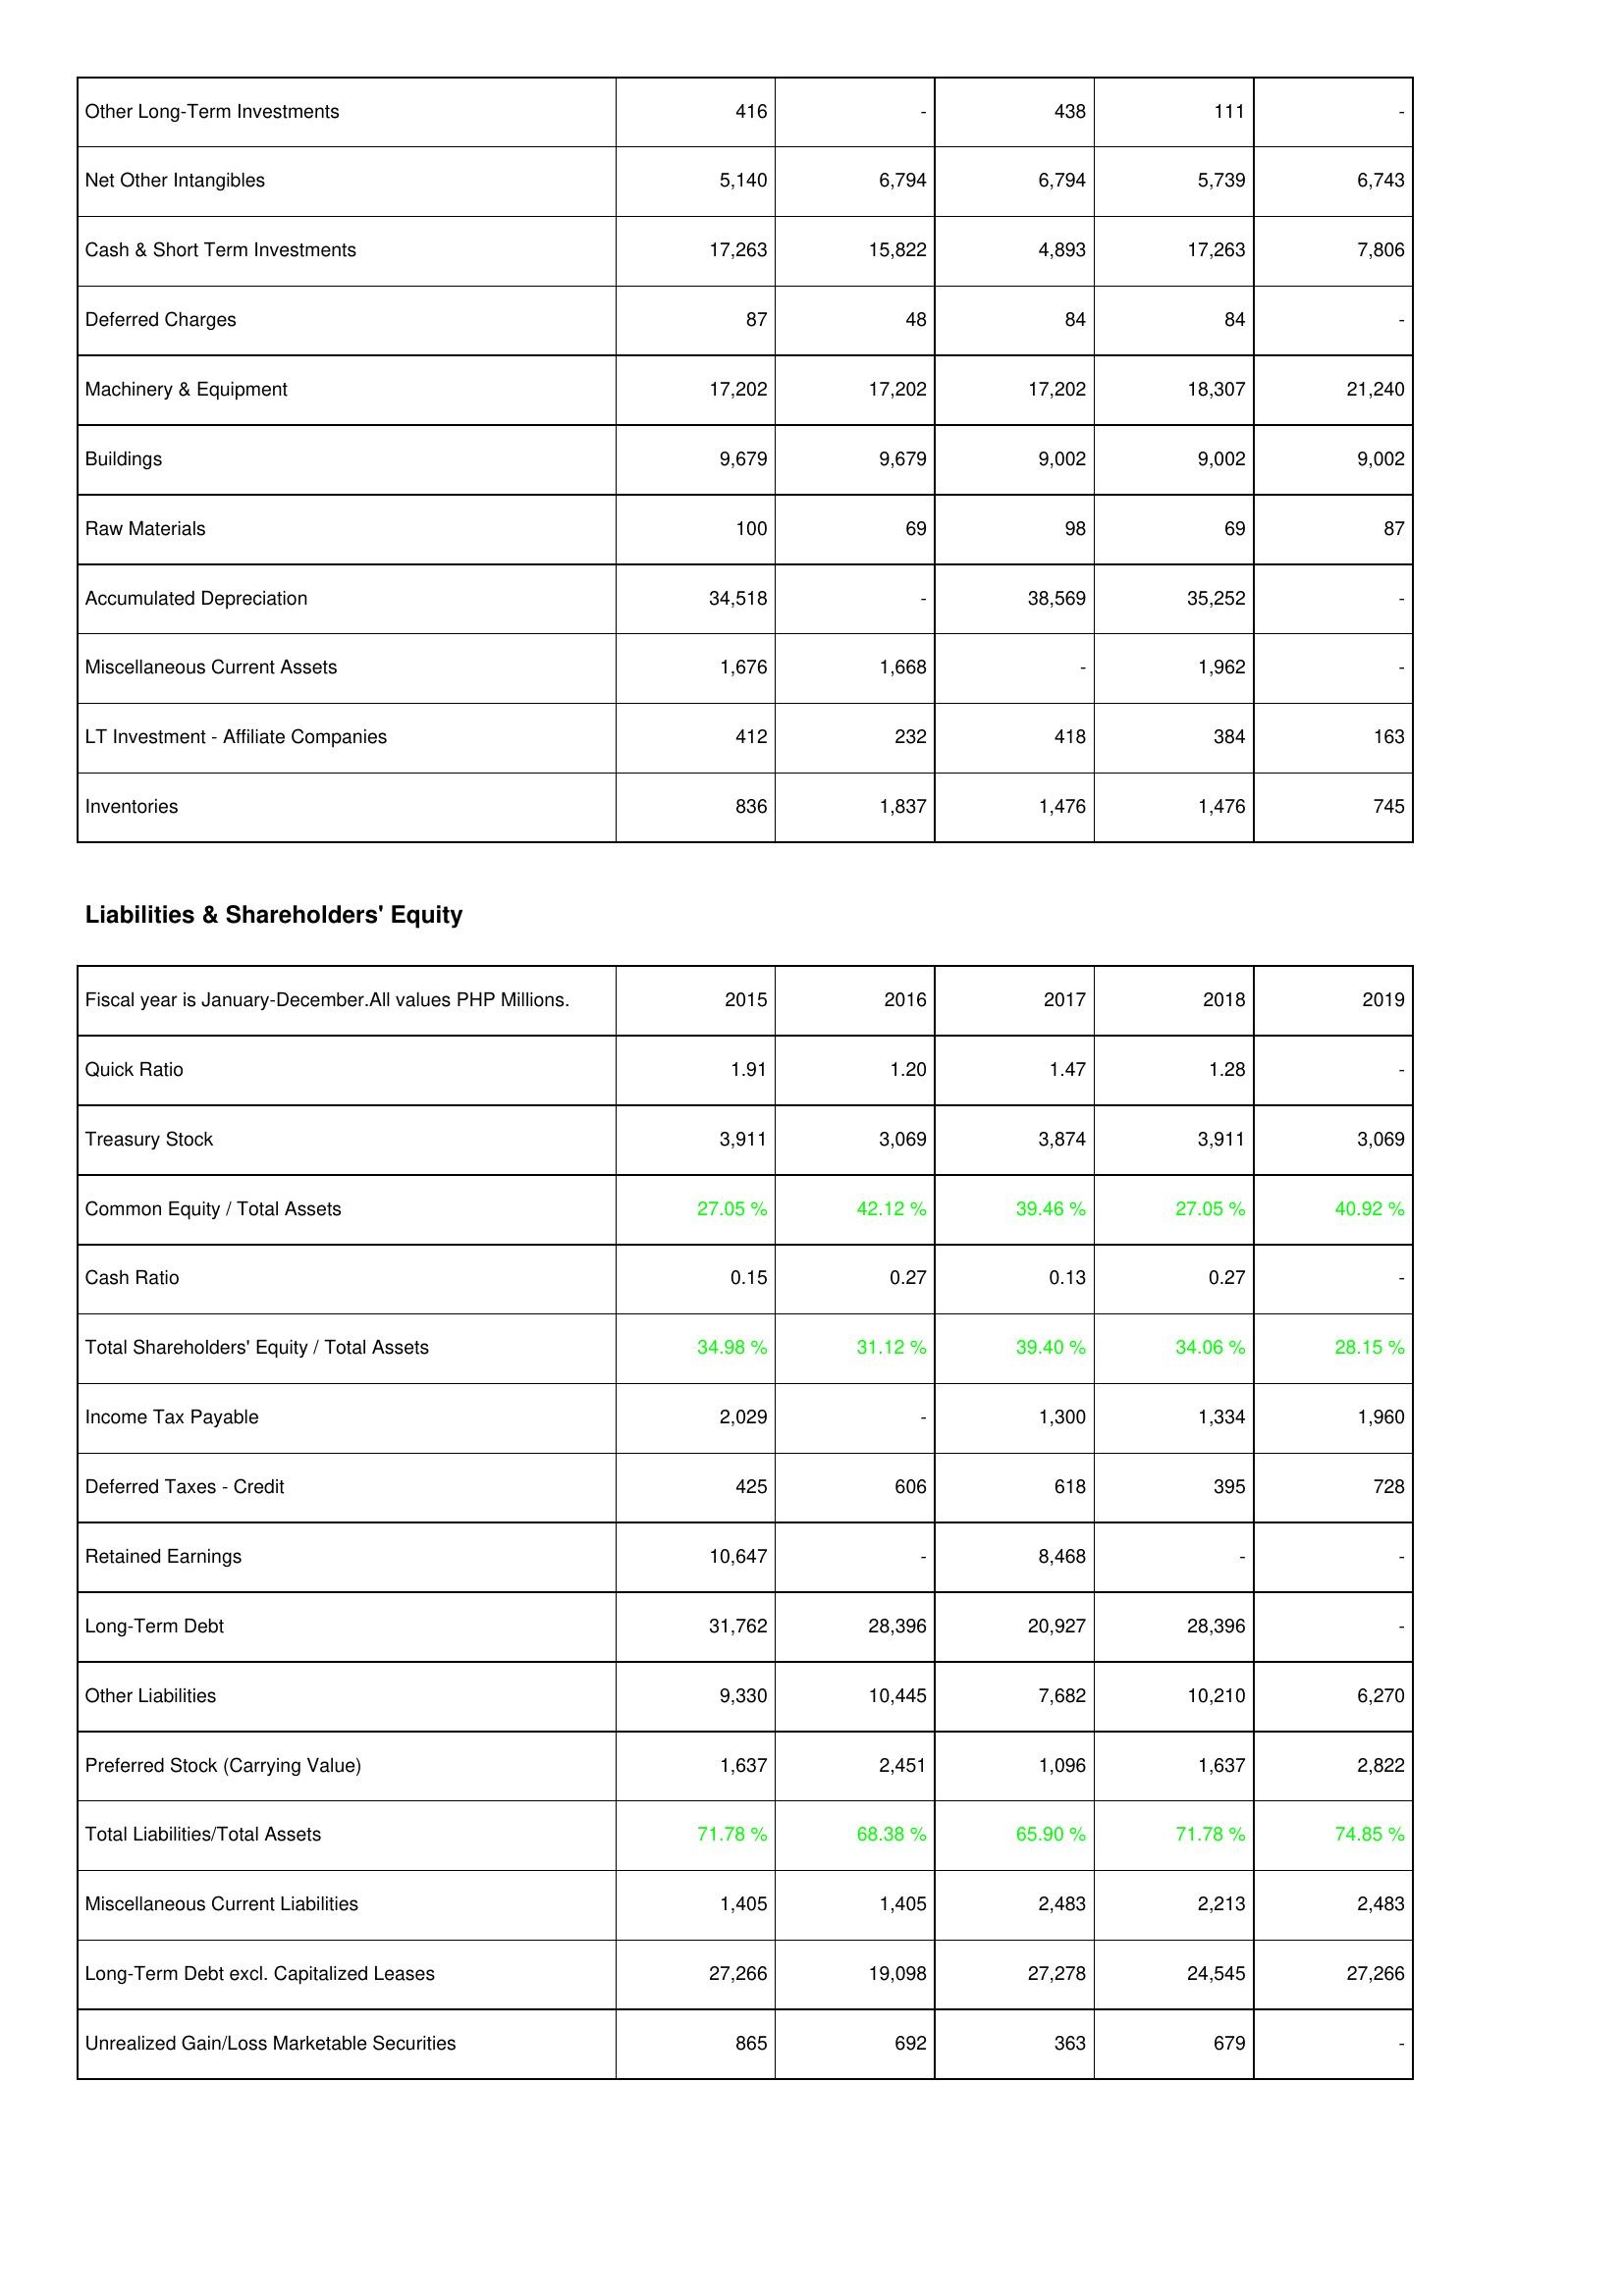
2015: Assets: Other Long-Term Investments: 416
Net Other Intangibles: 5,140
Cash & Short Term Investments: 17,263
Deferred Charges: 87
Machinery & Equipment: 17,202
Buildings: 9,679
Raw Materials: 100
Accumulated Depreciation: 34,518
Miscellaneous Current Assets: 1,676
LT Investment - Affiliate Companies: 412
Inventories: 836
Liabilities & Shareholders' Equity: Quick Ratio: 1.91
Treasury Stock: 3,911
Common Equity / Total Assets: 27.05 %
Cash Ratio: 0.15
Total Shareholders' Equity / Total Assets: 34.98 %
Income Tax Payable: 2,029
Deferred Taxes - Credit: 425
Retained Earnings: 10,647
Long-Term Debt: 31,762
Other Liabilities: 9,330
Preferred Stock (Carrying Value): 1,637
Total Liabilities/Total Assets: 71.78 %
Miscellaneous Current Liabilities: 1,405
Long-Term Debt excl. Capitalized Leases: 27,266
Unrealized Gain/Loss Marketable Securities: 865
2016: Assets: Other Long-Term Investments: -
Net Other Intangibles: 6,794
Cash & Short Term Investments: 15,822
Deferred Charges: 48
Machinery & Equipment: 17,202
Buildings: 9,679
Raw Materials: 69
Accumulated Depreciation: -
Miscellaneous Current Assets: 1,668
LT Investment - Affiliate Companies: 232
Inventories: 1,837
Liabilities & Shareholders' Equity: Quick Ratio: 1.20
Treasury Stock: 3,069
Common Equity / Total Assets: 42.12 %
Cash Ratio: 0.27
Total Shareholders' Equity / Total Assets: 31.12 %
Income Tax Payable: -
Deferred Taxes - Credit: 606
Retained Earnings: -
Long-Term Debt: 28,396
Other Liabilities: 10,445
Preferred Stock (Carrying Value): 2,451
Total Liabilities/Total Assets: 68.38 %
Miscellaneous Current Liabilities: 1,405
Long-Term Debt excl. Capitalized Leases: 19,098
Unrealized Gain/Loss Marketable Securities: 692
2017: Assets: Other Long-Term Investments: 438
Net Other Intangibles: 6,794
Cash & Short Term Investments: 4,893
Deferred Charges: 84
Machinery & Equipment: 17,202
Buildings: 9,002
Raw Materials: 98
Accumulated Depreciation: 38,569
Miscellaneous Current Assets: -
LT Investment - Affiliate Companies: 418
Inventories: 1,476
Liabilities & Shareholders' Equity: Quick Ratio: 1.47
Treasury Stock: 3,874
Common Equity / Total Assets: 39.46 %
Cash Ratio: 0.13
Total Shareholders' Equity / Total Assets: 39.40 %
Income Tax Payable: 1,300
Deferred Taxes - Credit: 618
Retained Earnings: 8,468
Long-Term Debt: 20,927
Other Liabilities: 7,682
Preferred Stock (Carrying Value): 1,096
Total Liabilities/Total Assets: 65.90 %
Miscellaneous Current Liabilities: 2,483
Long-Term Debt excl. Capitalized Leases: 27,278
Unrealized Gain/Loss Marketable Securities: 363
2018: Assets: Other Long-Term Investments: 111
Net Other Intangibles: 5,739
Cash & Short Term Investments: 17,263
Deferred Charges: 84
Machinery & Equipment: 18,307
Buildings: 9,002
Raw Materials: 69
Accumulated Depreciation: 35,252
Miscellaneous Current Assets: 1,962
LT Investment - Affiliate Companies: 384
Inventories: 1,476
Liabilities & Shareholders' Equity: Quick Ratio: 1.28
Treasury Stock: 3,911
Common Equity / Total Assets: 27.05 %
Cash Ratio: 0.27
Total Shareholders' Equity / Total Assets: 34.06 %
Income Tax Payable: 1,334
Deferred Taxes - Credit: 395
Retained Earnings: -
Long-Term Debt: 28,396
Other Liabilities: 10,210
Preferred Stock (Carrying Value): 1,637
Total Liabilities/Total Assets: 71.78 %
Miscellaneous Current Liabilities: 2,213
Long-Term Debt excl. Capitalized Leases: 24,545
Unrealized Gain/Loss Marketable Securities: 679
2019: Assets: Other Long-Term Investments: -
Net Other Intangibles: 6,743
Cash & Short Term Investments: 7,806
Deferred Charges: -
Machinery & Equipment: 21,240
Buildings: 9,002
Raw Materials: 87
Accumulated Depreciation: -
Miscellaneous Current Assets: -
LT Investment - Affiliate Companies: 163
Inventories: 745
Liabilities & Shareholders' Equity: Quick Ratio: -
Treasury Stock: 3,069
Common Equity / Total Assets: 40.92 %
Cash Ratio: -
Total Shareholders' Equity / Total Assets: 28.15 %
Income Tax Payable: 1,960
Deferred Taxes - Credit: 728
Retained Earnings: -
Long-Term Debt: -
Other Liabilities: 6,270
Preferred Stock (Carrying Value): 2,822
Total Liabilities/Total Assets: 74.85 %
Miscellaneous Current Liabilities: 2,483
Long-Term Debt excl. Capitalized Leases: 27,266
Unrealized Gain/Loss Marketable Securities: -